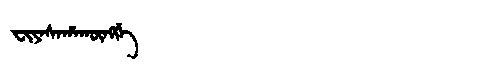
Manchu: ᠸᡳᠶᠠᠰᠠᡥᠠᡴᡡᠩᡤᡝ
Romanization: FIYASAHAKŪNGGE